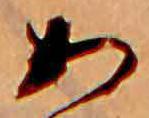
あ